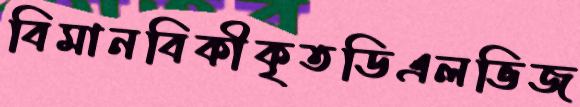
বিমানবিকীকৃতডিএলভিজ